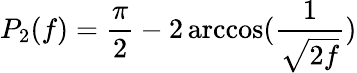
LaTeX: P_{2}(f)=\frac{\pi}{2}-2\operatorname{arccos}(\frac{1}{\sqrt{2f}})